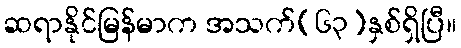
ဆရာနိုင်မြန်မာက အသက်(၆၃)နှစ်ရှိပြီ။